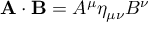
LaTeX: \mathbf { A } \cdot \mathbf { B } = A ^ { \mu } \eta _ { \mu \nu } B ^ { \nu }